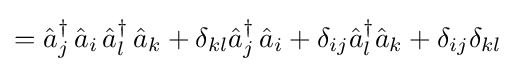
={\hat {a}}_{j}^{\dagger }\,{\hat {a}}_{i}\,{\hat {a}}_{l}^{\dagger }\,{\hat {a}}_{k}+\delta _{kl}{\hat {a}}_{j}^{\dagger }\,{\hat {a}}_{i}+\delta _{ij}{\hat {a}}_{l}^{\dagger }{\hat {a}}_{k}+\delta _{ij}\delta _{kl}